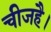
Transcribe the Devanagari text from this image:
चीजहै।